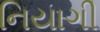
નિયાગી